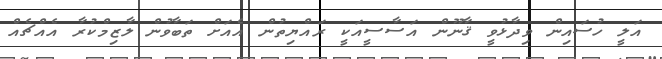
އަލީ ހުސައިން ވިދާޅުވީ ޤާނޫން އަސާސީއަކީ ރައްޔިތުން އެއަށް ތަބާވުން ލާޒިމްކުރާ އެއްޗެއް